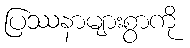
ပြဿနာများစွာကို